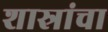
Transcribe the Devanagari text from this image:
शास्रांचा